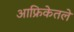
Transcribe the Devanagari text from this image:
आफ्रिकेतले